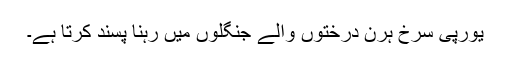
یورپی سرخ ہرن درختوں والے جنگلوں میں رہنا پسند کرتا ہے۔